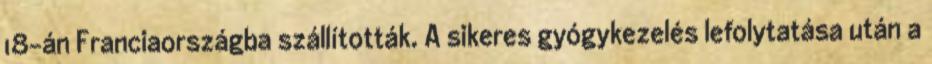
18-án Franciaországba szállították. A sikeres gyógykezelés lefolytatása után a